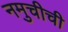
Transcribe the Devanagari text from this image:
नमुचीची